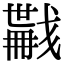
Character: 𢨏